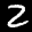
Label: 2